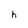
Character: h